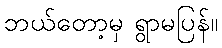
ဘယ်တော့မှ ရွာမပြန်။